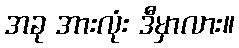
အခု အားလုံး ဒီမှာလား။